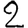
Digit: 2